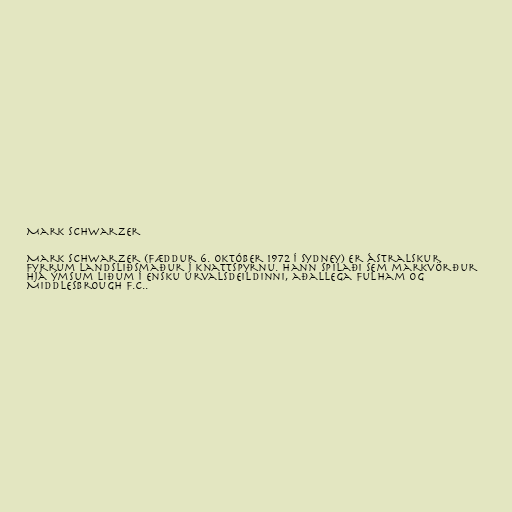
Mark Schwarzer

Mark Schwarzer (fæddur 6. október 1972 í Sydney) er ástralskur
fyrrum landsliðsmaður í knattspyrnu. Hann spilaði sem markvörður
hjá ýmsum liðum í ensku úrvalsdeildinni, aðallega Fulham og
Middlesbrough F.C..